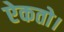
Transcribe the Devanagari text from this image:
ऐकतो।